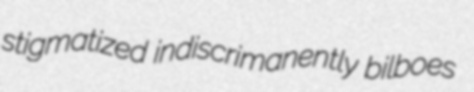
stigmatized indiscrimanently bilboes